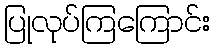
ပြုလုပ်ကြကြောင်း